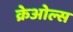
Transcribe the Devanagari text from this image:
क्रेओल्स